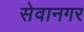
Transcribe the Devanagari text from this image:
सेवानगर